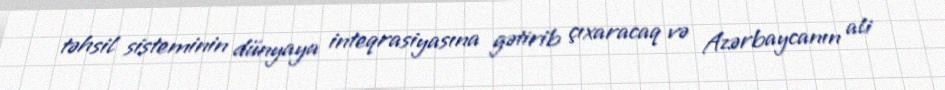
təhsil sisteminin dünyaya inteqrasiyasına gətirib çıxaracaq və Azərbaycanın ali